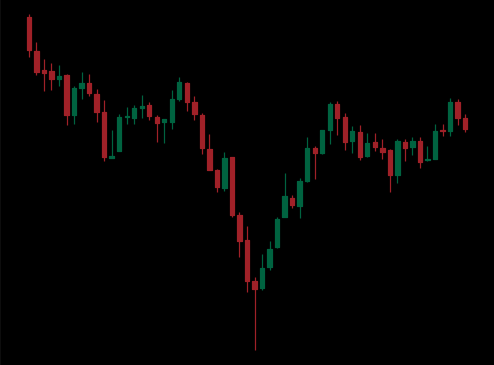
Pattern: inverse_head_shoulders